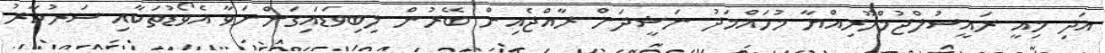
އަދި މިއީ ރައީސުލްޖުމްހޫރިއްޔާ މުހައްމަދު ނަޝީދަށް ރާއްޖެއިން ބޭރުން ލިބިވަޑައިގަންނަވާ އެވޯޑުތަކާއި ސަރުކާރު